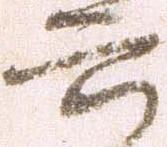
六